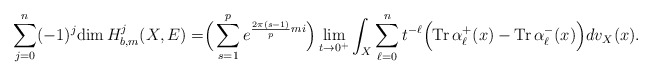
\begin{align*} \sum^n_{j=0}(-1)^j\mathrm{dim\,}H^j_{b,m}(X,E)=\Bigr(\sum\limits^{p}_{s=1}e^{\frac{2\pi(s-1)}{p}mi}\Bigr)\lim_{t\rightarrow0^+}\int_X\sum^n_{\ell=0}t^{-\ell}\Bigr(\mathrm{Tr\,}\alpha^+_\ell(x)-\mathrm{Tr\,}\alpha^-_\ell(x)\Bigr)dv_X(x).\end{align*}